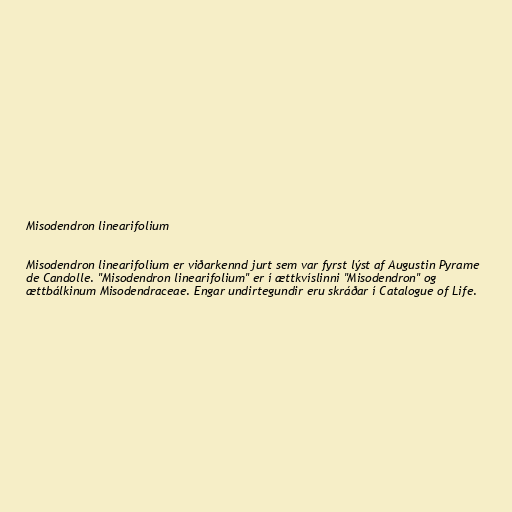
Misodendron linearifolium

Misodendron linearifolium er viðarkennd jurt sem var fyrst lýst af Augustin Pyrame
de Candolle. "Misodendron linearifolium" er í ættkvíslinni "Misodendron" og
ættbálkinum Misodendraceae. Engar undirtegundir eru skráðar í Catalogue of Life.